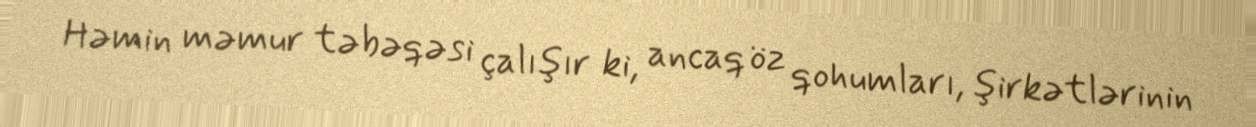
Həmin məmur təbəqəsi çalışır ki, ancaq öz qohumları, şirkətlərinin